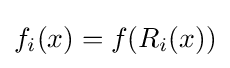
f_{i}(x)=f(R_{i}(x))